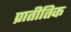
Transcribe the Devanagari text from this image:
प्रातीतिक